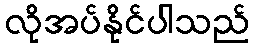
လိုအပ်နိုင်ပါသည်